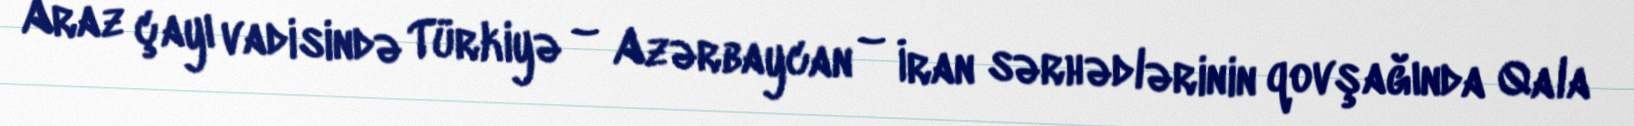
Araz çayı vadisində Türkiyə – Azərbaycan – İran sərhədlərinin qovşağında Qala